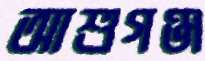
আশুগঞ্জ